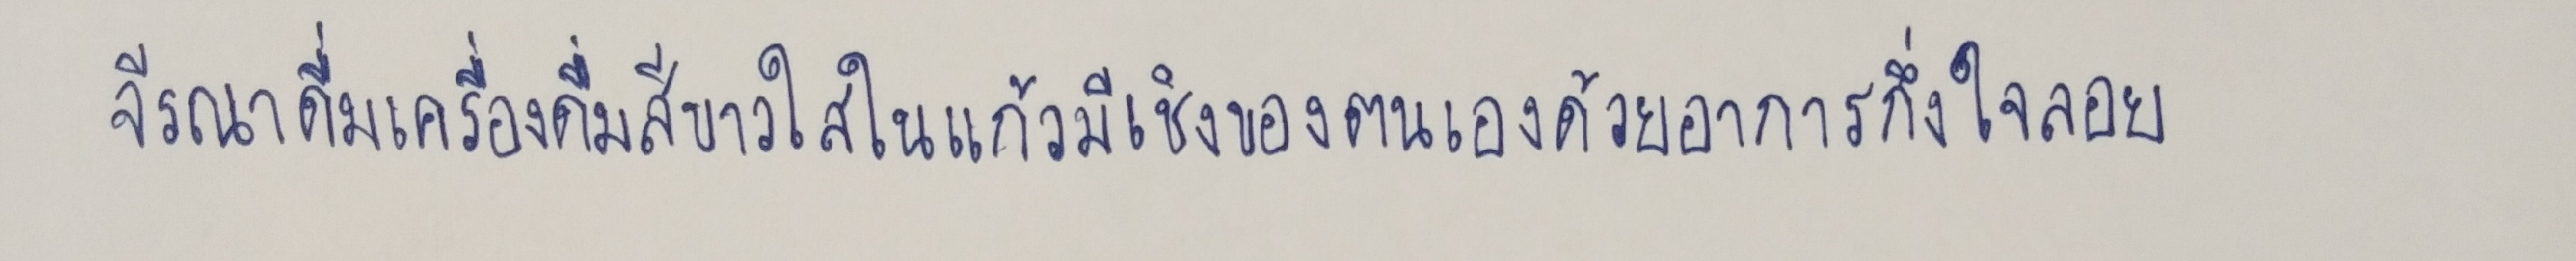
จีรณาดื่มเครื่องดื่มสีขาวใสในแก้วมีเชิงของตนเองด้วยอาการกึ่งใจลอย